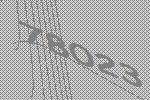
78023